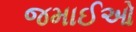
જમાઈઓ